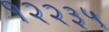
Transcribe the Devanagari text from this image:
१२२३५